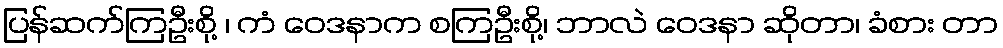
ပြန်ဆက်ကြဦးစို့ ၊ ကံ ဝေဒနာက စကြဦးစို့၊ ဘာလဲ ဝေဒနာ ဆိုတာ၊ ခံစား တာ